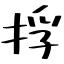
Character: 捊